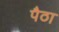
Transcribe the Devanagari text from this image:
पैठा